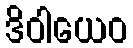
ဒိဝါယေဝ